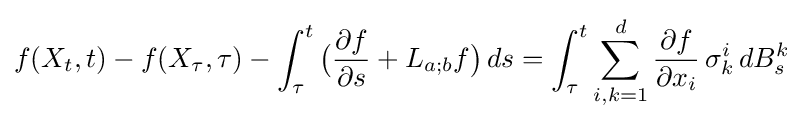
f(X_{t},t)-f(X_{\tau },\tau )-\int _{\tau }^{t}{\bigl (}{\frac {\partial f}{\partial s}}+L_{a;b}f{\bigr )}\,ds=\int _{\tau }^{t}\sum _{i,k=1}^{d}{\frac {\partial f}{\partial x_{i}}}\,\sigma _{k}^{i}\,dB_{s}^{k}